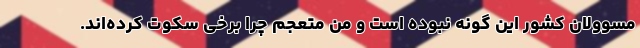
مسوولان کشور این گونه نبوده است و من متعجم چرا برخی سکوت کرده‌اند.